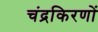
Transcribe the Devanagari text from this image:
चंद्रकिरणों